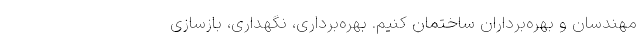
مهندسان و بهره‌برداران ساختمان کنیم. بهره‌برداری،‌ نگهداری، بازسازی